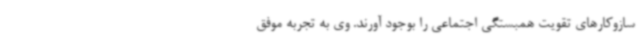
سازوکارهای تقویت همبستگی اجتماعی را بوجود آورند. وی به تجربه موفق